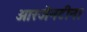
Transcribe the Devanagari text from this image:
आरजेनटीना